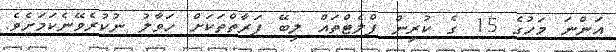
އަންނަ މަހުގެ 15 ގެ ކުރިން ފްލެޓްތައް ލިބޭ ފަރާތްތަކަށް ހަވާލު ނުކުރެވޭނެކަމަށެވެ.